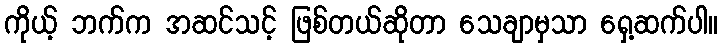
ကိုယ့် ဘက်က အဆင်သင့် ဖြစ်တယ်ဆိုတာ သေချာမှသာ ရှေ့ဆက်ပါ။